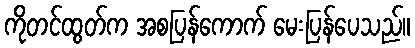
ကိုတင်ထွတ်က အစပြန်ကောက် မေးပြန်ပေသည်။